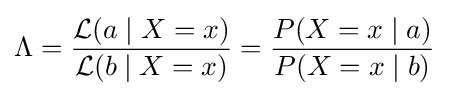
\Lambda ={{\mathcal {L}}(a\mid X=x) \over {\mathcal {L}}(b\mid X=x)}={P(X=x\mid a) \over P(X=x\mid b)}